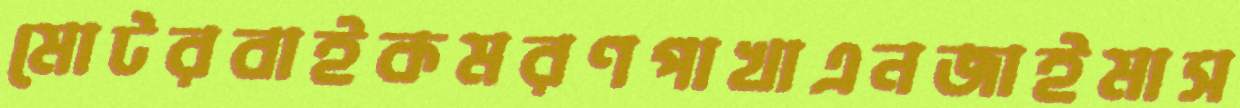
মোটরবাইকমরণপাখাএনজাইমাস